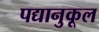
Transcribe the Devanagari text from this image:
पद्यानुकूल